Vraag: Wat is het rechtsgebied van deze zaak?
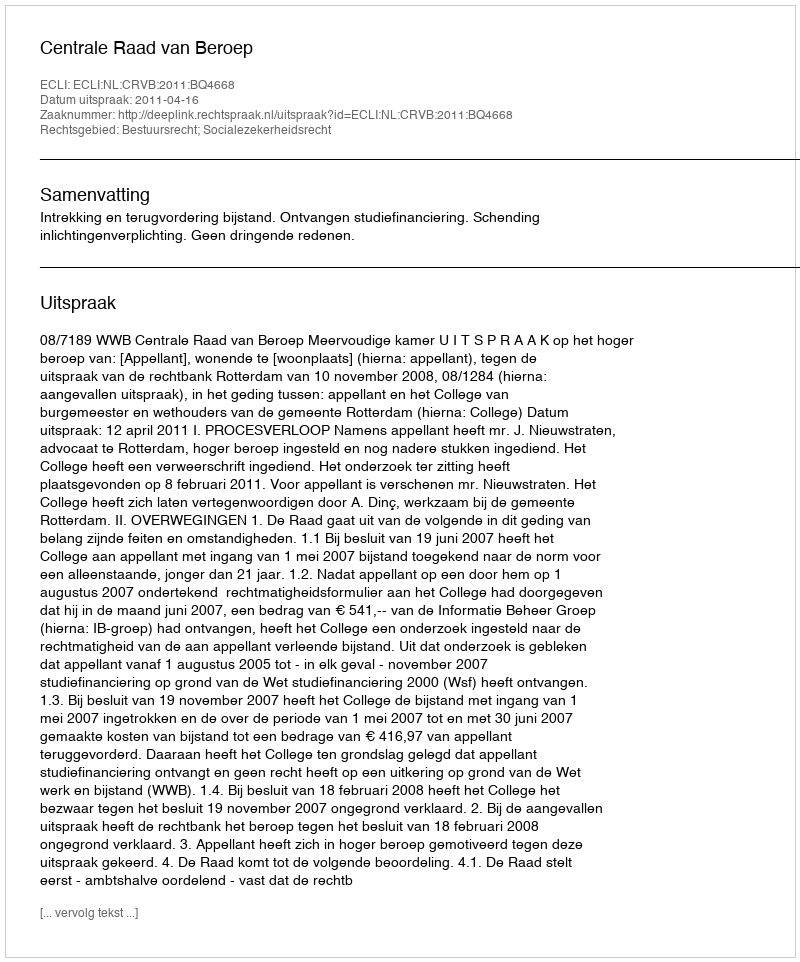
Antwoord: Bestuursrecht; Socialezekerheidsrecht